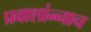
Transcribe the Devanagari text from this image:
प्रवाशांन्नाच